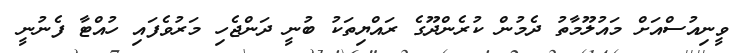
ވީނިއުސްއަށް މައުލޫމާތު ދެމުން ކުރެންދޫގެ ރައްޔިތަކު ބުނީ ދަންޖެހި މަރުވެފައި ހުއްޓާ ފެނުނީ